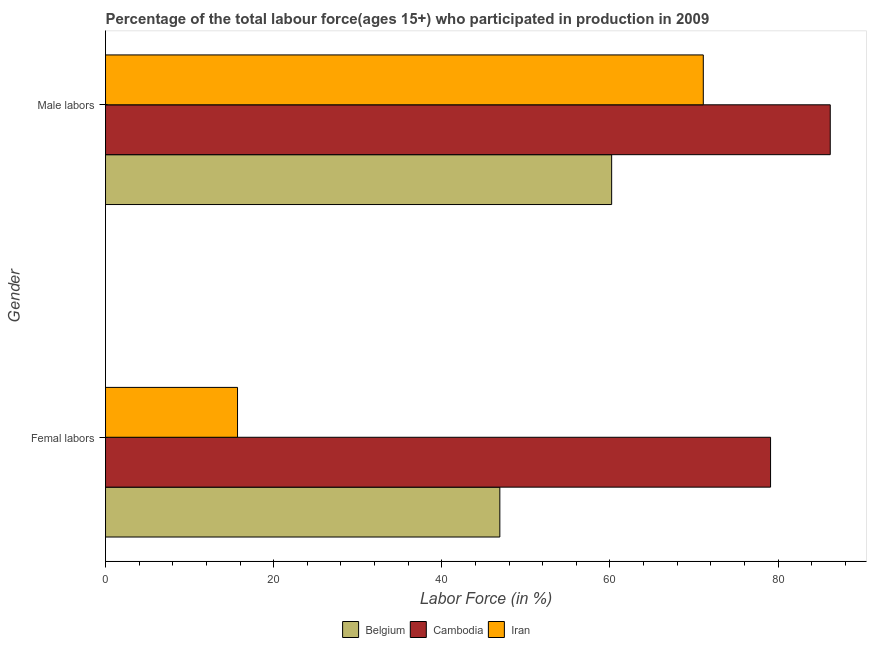
| Gender | Belgium | Cambodia | Iran |
 | --- | --- | --- | --- |
 | Femal labors | 46.9 | 79.1 | 15.7 |
 | Male labors | 60.2 | 86.2 | 71.1 |